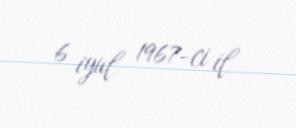
6 iyul 1967-ci il